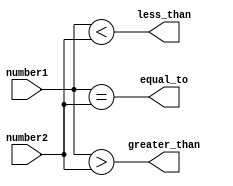
module inequality_comparator(
    input [7:0] number1,
    input [7:0] number2,
    output greater_than,
    output less_than,
    output equal_to
);

reg [7:0] difference;

assign greater_than = (number1 > number2);
assign less_than = (number1 < number2);
assign equal_to = (number1 == number2);

endmodule